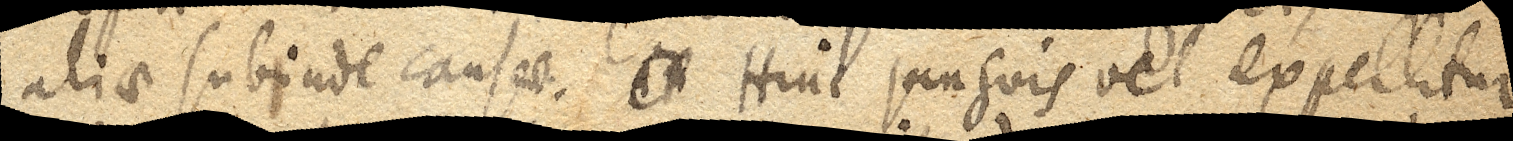
aliae subinde causae. xx Hinc sanguis vel expellitur